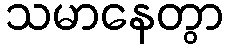
သမာနေတွာ